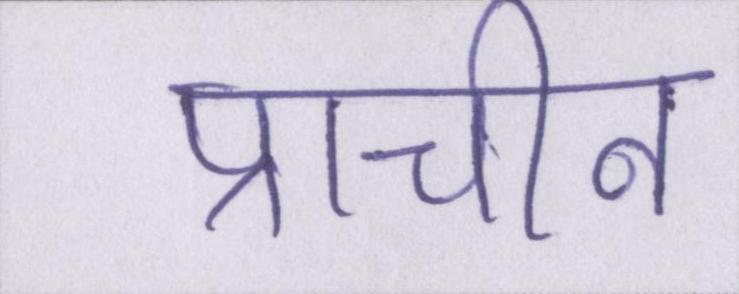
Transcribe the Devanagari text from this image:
प्राचीन